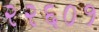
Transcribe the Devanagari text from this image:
२२६०१